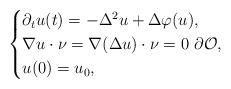
LaTeX: \begin{align*}\begin{cases}\partial_t u(t) = - \Delta^2 u + \Delta \varphi(u), \\\nabla u \cdot \nu = \nabla(\Delta u)\cdot \nu = 0 \ \partial\mathcal{O} , \\u(0) = u_0,\end{cases}\end{align*}